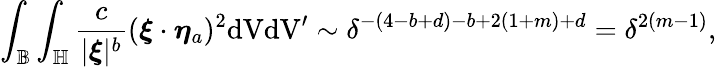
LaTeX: \int_{\mathbb{B}}\int_{\mathbb{H}}\frac{c}{|\boldsymbol{\xi}|^{b}}(\boldsymbol{\xi}\cdot\boldsymbol{\eta}_{a})^{2}\textup{dVdV}^{\prime}\sim\delta^{-(4-b+d)-b+2(1+m)+d}=\delta^{2(m-1)},